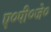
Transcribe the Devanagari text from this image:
ए०पी०जे०